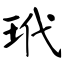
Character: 玳